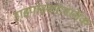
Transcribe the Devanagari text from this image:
हाइपोइकोजेनिक